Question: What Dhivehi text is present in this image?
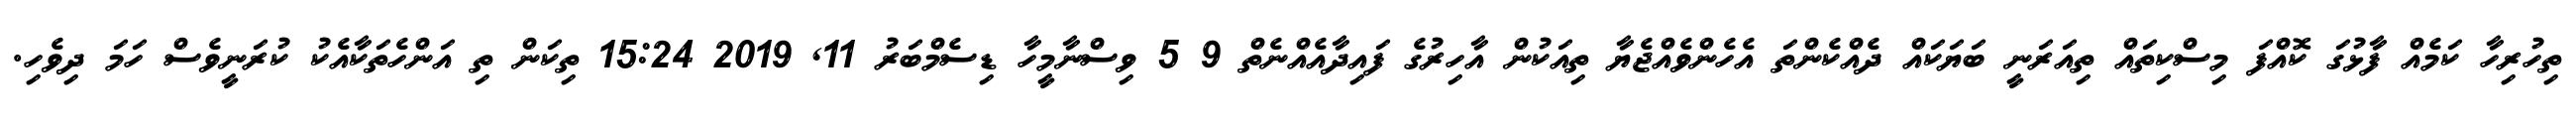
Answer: ތިހުރިހާ ކަމެއް ފާޅުގަ ކޮއްފަ މިސްކިތައް ތިއަރަނީ ބަޔަކައް ދެއްކެންތަ އެހެންވެއްޖެޔާ ތިއަކުން އާހިރުގެ ފައިދާއެއްނެތް 9 5 ވިސްނާމީހާ ޑިސެމްބަރު 11, 2019 15:24 ތިކަން ތި އަންހެތަކާއެކު ކުރަނީވެސް ހަމަ ދިވެހި.